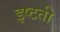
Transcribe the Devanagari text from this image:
इष्टती